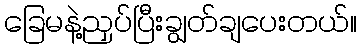
ခြေမနဲ့ညှပ်ပြီးချွတ်ချပေးတယ်။